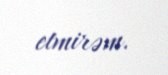
etmirəm.